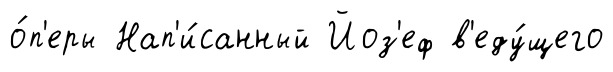
о́п'еры Нап'и́санный Йоз'еф в'еду́щего